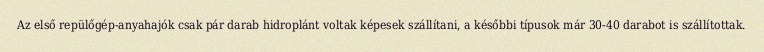
Az első repülőgép-anyahajók csak pár darab hidroplánt voltak képesek szállítani, a későbbi típusok már 30-40 darabot is szállítottak.